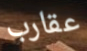
عقارب